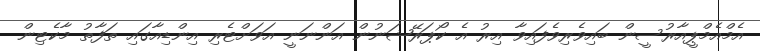
އެމްއެމްޕީއާރުސީން ބައިވެރިވެފައިވާ އިރު އެ ކޯޕަރޭޝަނުން އަންނަނީ އަވަށްޓެރި އިންޑިއާގައި ތަފާތު މާކެޓިން